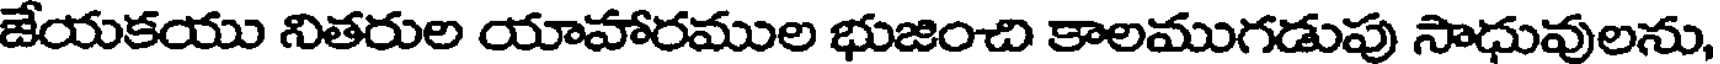
జేయకయు నితరుల యాహారముల భుజించి కాలముగడుపు సాధువులను